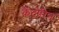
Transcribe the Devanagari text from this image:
कैंटोरिन